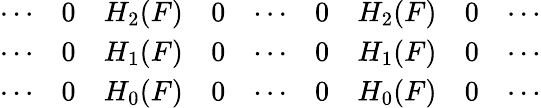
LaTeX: \begin{array}{lllllllll}{\cdots}&{0}&{H_{2}(F)}&{0}&{\cdots}&{0}&{H_{2}(F)}&{0}&{\cdots}\\ {\cdots}&{0}&{H_{1}(F)}&{0}&{\cdots}&{0}&{H_{1}(F)}&{0}&{\cdots}\\ {\cdots}&{0}&{H_{0}(F)}&{0}&{\cdots}&{0}&{H_{0}(F)}&{0}&{\cdots}\end{array}